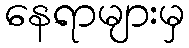
နေရာများမှ